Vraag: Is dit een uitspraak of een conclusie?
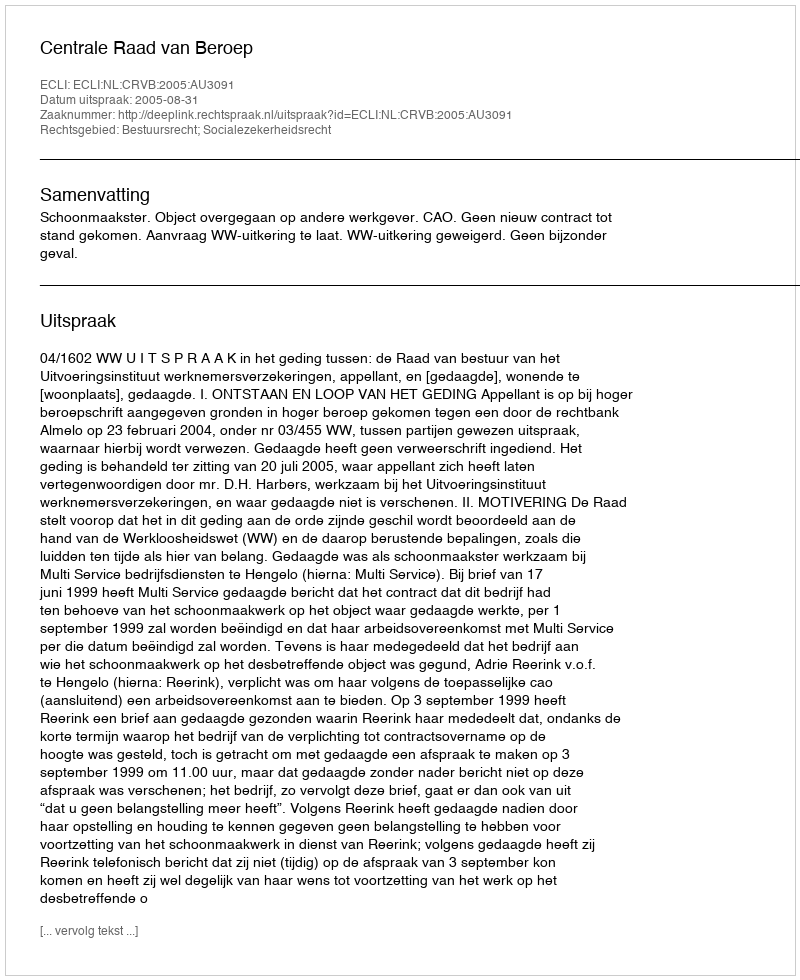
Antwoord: Uitspraak